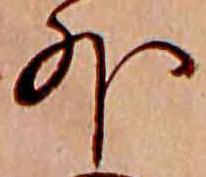
外